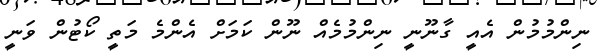
ނިންމުމުން އެއީ ގާނޫނީ ނިންމުމެއް ނޫން ކަމަށް އެންމެ މަތީ ކޯޓުން ވަނީ